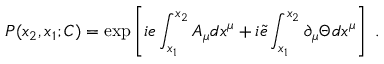
P ( x _ { 2 } , x _ { 1 } ; C ) = \exp \left[ i e \int _ { x _ { 1 } } ^ { x _ { 2 } } A _ { \mu } d x ^ { \mu } + i \tilde { e } \int _ { x _ { 1 } } ^ { x _ { 2 } } \partial _ { \mu } { \Theta } d x ^ { \mu } \right] ~ .